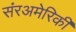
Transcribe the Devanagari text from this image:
संरअमेरिकी